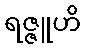
ရဇ္ဇူဟိ